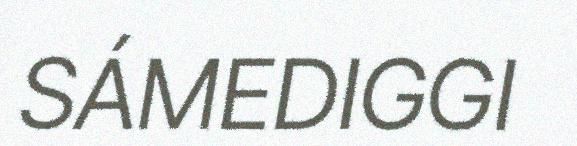
SÁMEDIGGI